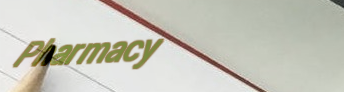
Pharmacy